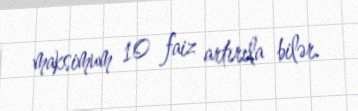
maksimum 10 faiz artırıla bilər.